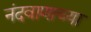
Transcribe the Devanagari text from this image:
नंदवाणाच्या